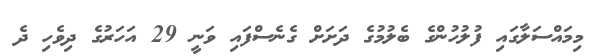
މިމައްސަލާގައި ފުލުހުންގެ ބެލުމުގެ ދަށަށް ގެނެސްފައި ވަނީ 29 އަހަރުގެ ދިވެހި ދެ